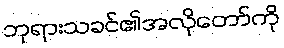
ဘုရားသခင်၏အလိုတော်ကို